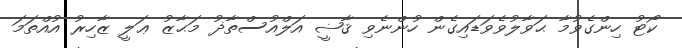
ކޯޓު ހިންގެވުމާ ޙަވާލުވެވަޑައިގެން ހުންނެވި ޤާޟީ އަލްއުސްތާޛު މަޙާޒު ޢަލީ ޒާހިރު އުއްތަމަ